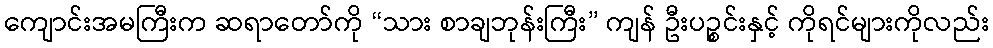
ကျောင်းအမကြီးက ဆရာတော်ကို “သား စာချဘုန်းကြီး” ကျန် ဦးပဉ္စင်းနှင့် ကိုရင်များကိုလည်း